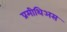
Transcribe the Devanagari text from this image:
प्रमीथिअस